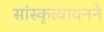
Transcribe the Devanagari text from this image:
सांस्कृत्यायनने